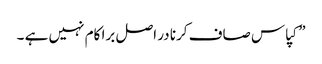
”کپاس صاف کرنا در اصل برا کام نہیں ہے ۔